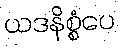
ယဒနိစ္စံပေ